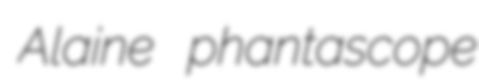
Alaine phantascope